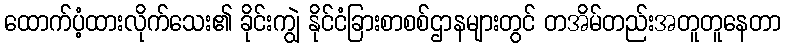
ထောက်ပံ့ထားလိုက်သေး၏ ခိုင်းကျွဲ နိုင်ငံခြားစာစစ်ဌာနများတွင် တအိမ်တည်းအတူတူနေတာ